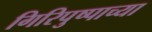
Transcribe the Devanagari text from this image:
गिरिपुष्पाच्या